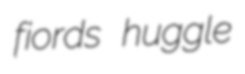
fiords huggle